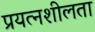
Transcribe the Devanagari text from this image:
प्रयत्नशीलता